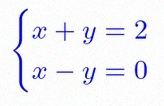
\begin{cases}x+y=2\\x-y=0\end{cases}